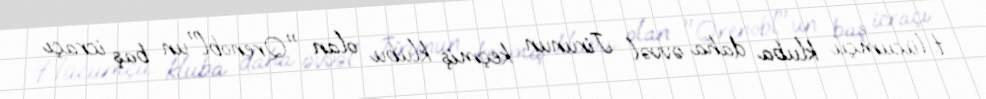
Hücumçu kluba daha əvvəl Jirunun keçmiş klubu olan "Qrenobl"un baş icraçı